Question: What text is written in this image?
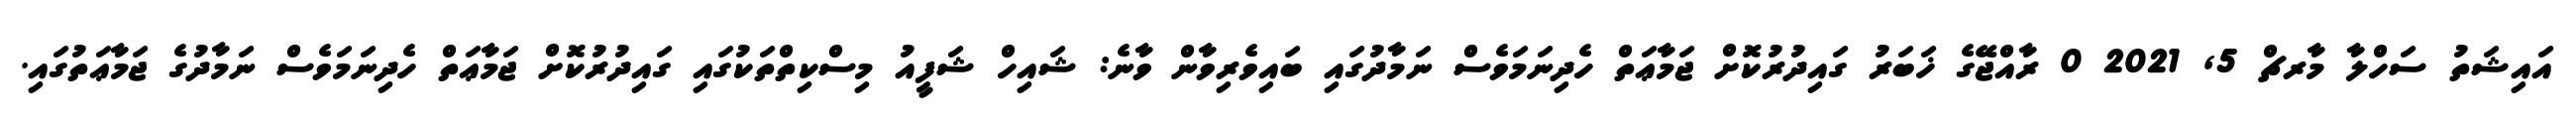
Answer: އައިޝަތު ސަހްލާ މާރޗް 5, 2021 0 ރާއްޖޭގެ ޚަބަރު ގައިދުރުކޮށް ޖަމާޢަތް ހެދިނަމަވެސް ނަމާދުގައި ބައިވެރިވާން ވާނެ: ޝައިހް ޝަފީއު މިސްކިތްތަކުގައި ގައިދުރުކޮށް ޖަމާޢަތް ހެދިނަމަވެސް ނަމާދުގެ ޖަމާޢަތުގައި.